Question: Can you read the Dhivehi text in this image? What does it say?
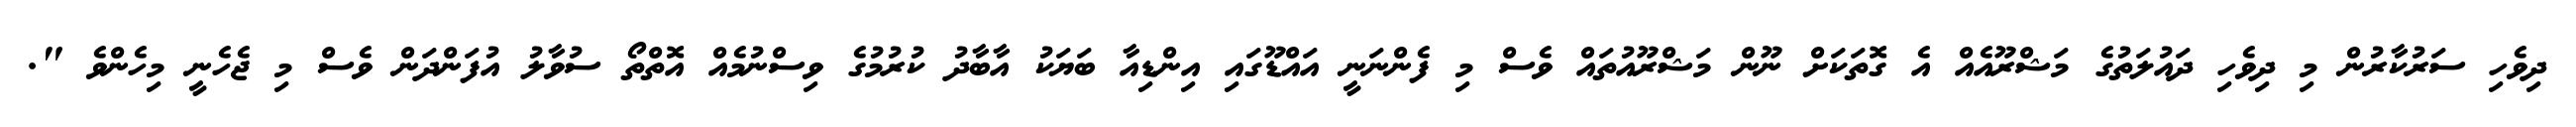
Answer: ދިވެހި ސަރުކާރުން މި ދިވެހި ދައުލަތުގެ މަޝްރޫއެއް އެ ގޮތަކަށް ނޫން މަޝްރޫއުތައް ވެސް މި ފެންނަނީ އައްޑޫގައި އިންޑިއާ ބަޔަކު އާބާދު ކުރުމުގެ ވިސްނުމެއް އޮތްތޯ ސުވާލު އުފަންދަން ވެސް މި ޖެހެނީ މިހެންވެ ".